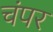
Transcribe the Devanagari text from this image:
चंपर